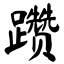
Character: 躜